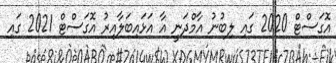
އޮގަސްޓް 2020 ގައި ލިބުނު އާމްދަނީ އާ އަޅައިބަލާއިރު އޮގަސްޓް 2021 ގައި